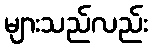
များသည်လည်း